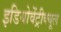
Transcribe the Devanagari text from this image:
इडियोवेंट्रीक्यूल